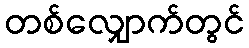
တစ်လျှောက်တွင်